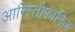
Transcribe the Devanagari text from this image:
आरिस्तोफ़ानिज़